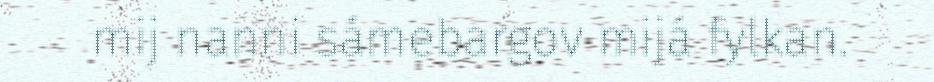
mij nanni sámebargov mijá fylkan.